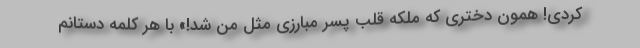
کردی! همون دختری که ملکه قلب پسر مبارزی مثل من شد!» با هر کلمه دستانم